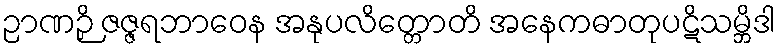
ဉာဏဉှိ ဇဇ္ဇရဘာဝေန အနုပလိတ္တောတိ အနေကဓာတုပဋိသမ္ဘိဒါ